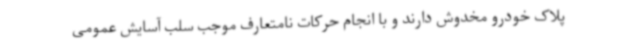
پلاک‌ خودرو مخدوش دارند و با انجام حرکات نامتعارف موجب سلب آسایش عمومی